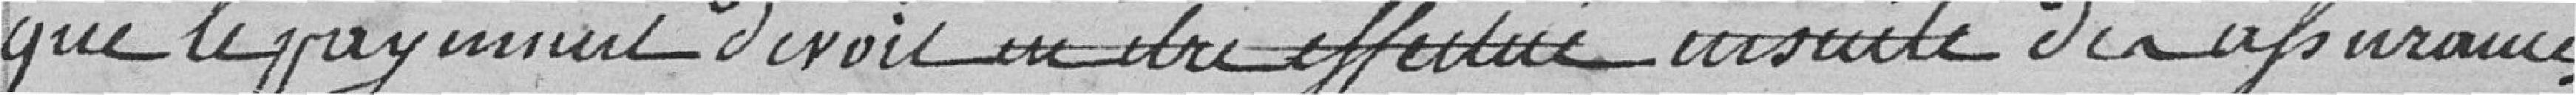
que le paiement devait en être effectué ensuite des assurances